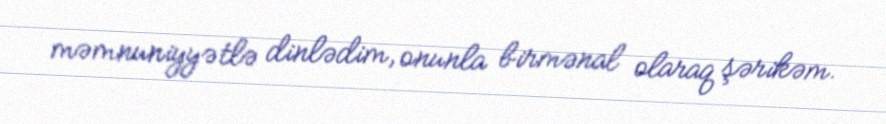
məmnuniyyətlə dinlədim, onunla birmənal olaraq şərikəm.